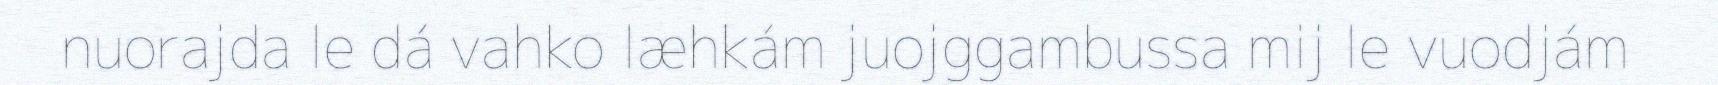
nuorajda le dá vahko læhkám juojggambussa mij le vuodjám